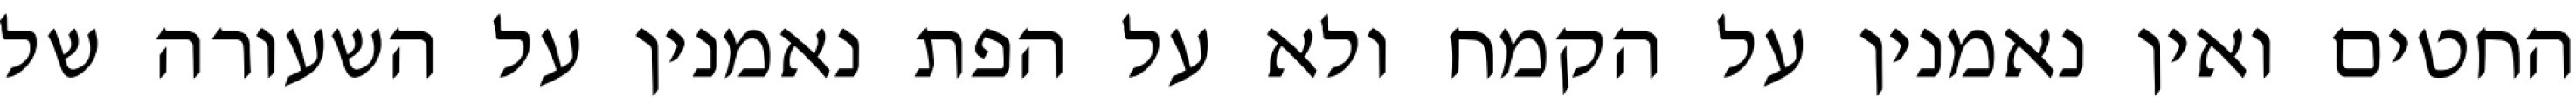
החטים ואין נאמנין על הקמח ולא על הפת נאמנין על השעורה של